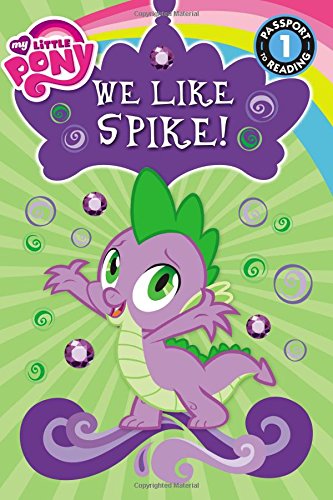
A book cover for My Little Pony: We Like Spike! (Passport to Reading Level 1); Jennifer Fox; Children's Books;